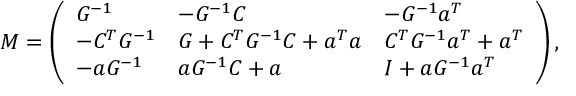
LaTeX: M = \left( \begin{array} { l l l } { { G ^ { - 1 } } } & { { - G ^ { - 1 } C } } & { { - G ^ { - 1 } a ^ { T } } } \\ { { - C ^ { T } G ^ { - 1 } } } & { { G + C ^ { T } G ^ { - 1 } C + a ^ { T } a } } & { { C ^ { T } G ^ { - 1 } a ^ { T } + a ^ { T } } } \\ { { - a G ^ { - 1 } } } & { { a G ^ { - 1 } C + a } } & { { I + a G ^ { - 1 } a ^ { T } } } \end{array} \right) ,